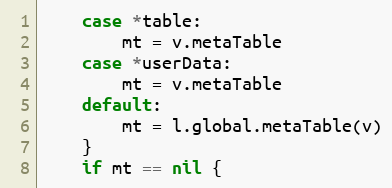
Language: Go
	case *table:
		mt = v.metaTable
	case *userData:
		mt = v.metaTable
	default:
		mt = l.global.metaTable(v)
	}
	if mt == nil {